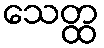
သေတ္ထ